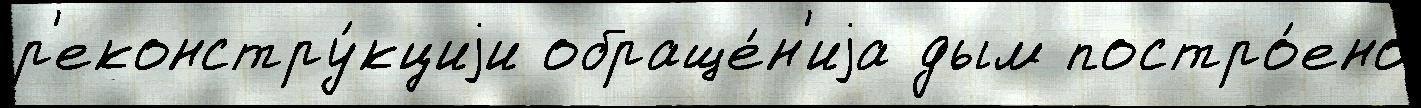
р'еконстру́кциjи обраще́н'иjа дым постро́ено